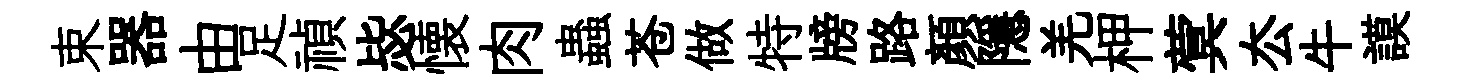
束器由足禎毖懐肉蟲苍做特牓路顔隱羌柙蓂厺牛謨